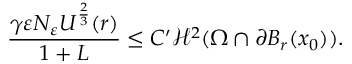
\frac { \gamma \varepsilon N _ { \varepsilon } U ^ { \frac { 2 } { 3 } } ( r ) } { 1 + L } \leq C ^ { \prime } \mathcal { H } ^ { 2 } ( \Omega \cap \partial B _ { r } ( x _ { 0 } ) ) .